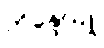
ဘိန္ဒေယျု